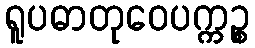
ရူပဓာတုဝေပက္ကဉ္စ